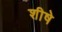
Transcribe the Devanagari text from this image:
शीषे